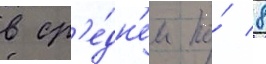
в ср'е́дн'ем по́ 8